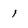
Character: 1